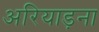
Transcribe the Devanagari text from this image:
अरियाड़ना